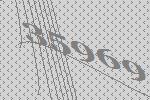
35969